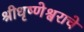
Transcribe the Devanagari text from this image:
श्रीधृष्णेश्वराचे